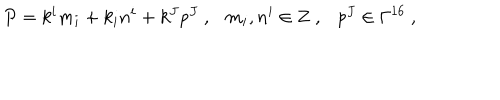
P = k ^ { i } m _ { i } + k _ { i } n ^ { i } + k ^ { J } p ^ { J } ~ , m _ { i } , n ^ { i } \in { \bf Z } ~ , p ^ { J } \in \Gamma ^ { 1 6 } ~ ,